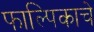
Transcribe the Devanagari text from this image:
फाल्पिकाचे